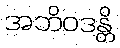
အဘိဝဒန္တိ